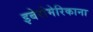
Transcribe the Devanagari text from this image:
इबेरोमेरिकाना